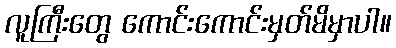
လူကြီးတွေ ကောင်းကောင်းမှတ်မိမှာပါ။